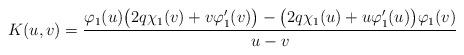
LaTeX: \begin{align*}K(u,v)=\frac{\varphi_{1}(u)\big(2q\chi_{1}(v)+v\varphi_{1}'(v)\big) -\big(2q\chi_{1}(u)+u\varphi_{1}'(u)\big)\varphi_{1}(v)}{u-v}\end{align*}